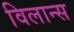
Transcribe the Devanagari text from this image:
विलान्स